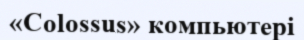
«Colossus» компьютері